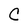
Character: C